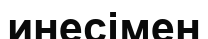
инесімен